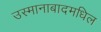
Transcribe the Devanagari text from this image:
उस्मानाबादमधिल